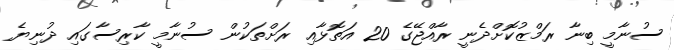
ސުނާމީ ބިނާ ރަމްޒުކޮށްދެނީ ރާއްޖޭގެ 20 އަތޮޅާއި ރަށްތަކުން ސުނާމީ ކާރިސާގައި ދުނިޔެ